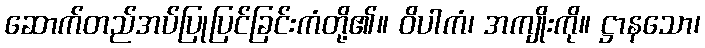
ဆောက်တည်အပ်ပြုပြင်ခြင်းကံတို့၏။ ဝိပါကံ၊ အကျိုးကို။ ဋ္ဌာနသော၊